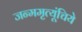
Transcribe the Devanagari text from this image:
जन्ममृत्यूंचिये